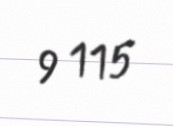
9 115